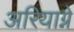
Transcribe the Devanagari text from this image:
अरियाग्ने